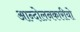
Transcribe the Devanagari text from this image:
आन्दोलनकारीयो